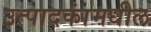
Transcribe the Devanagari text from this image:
उत्पादकांमधील